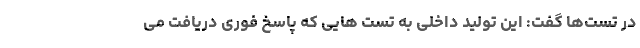
در تست‌ها گفت: این تولید داخلی به تست هایی که پاسخ فوری دریافت می